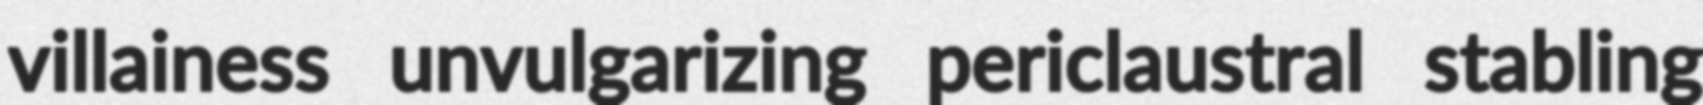
villainess unvulgarizing periclaustral stabling